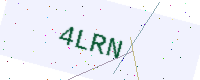
Text: 4LRN